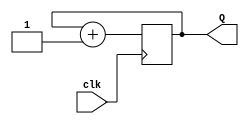
//Module to generate a 3-bit counter to be used as a selector
`timescale 1ns / 1ps

module three_bit_counter(
	 input clk,         // input clock 
	 output reg [2:0] Q // 3-bit register
    );
    
	 //On each positive edge of the input clock, count up from 0 to 7, and wrap around from 7 back to 0
	 always @ (posedge clk)	begin
	 Q <= Q + 1'b1; 
	 end 
endmodule